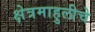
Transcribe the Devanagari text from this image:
क्षेत्रमाहुलीचे